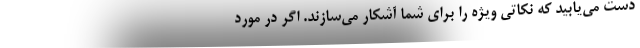
دست می‌‌یابید که نکاتی ویژه را برای شما آشکار می‌سازند. اگر در مورد